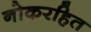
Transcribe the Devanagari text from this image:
नोकरहित